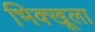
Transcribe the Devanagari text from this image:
भिक्खूला